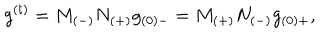
g ^ { ( t ) } = M _ { ( - ) } N _ { ( + ) } g _ { ( 0 ) - } = M _ { ( + ) } N _ { ( - ) } g _ { ( 0 ) + } ,